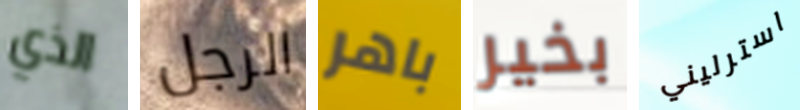
الذي الرجل باهر بخير استرليني